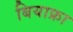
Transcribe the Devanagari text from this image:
बियाफ्रा